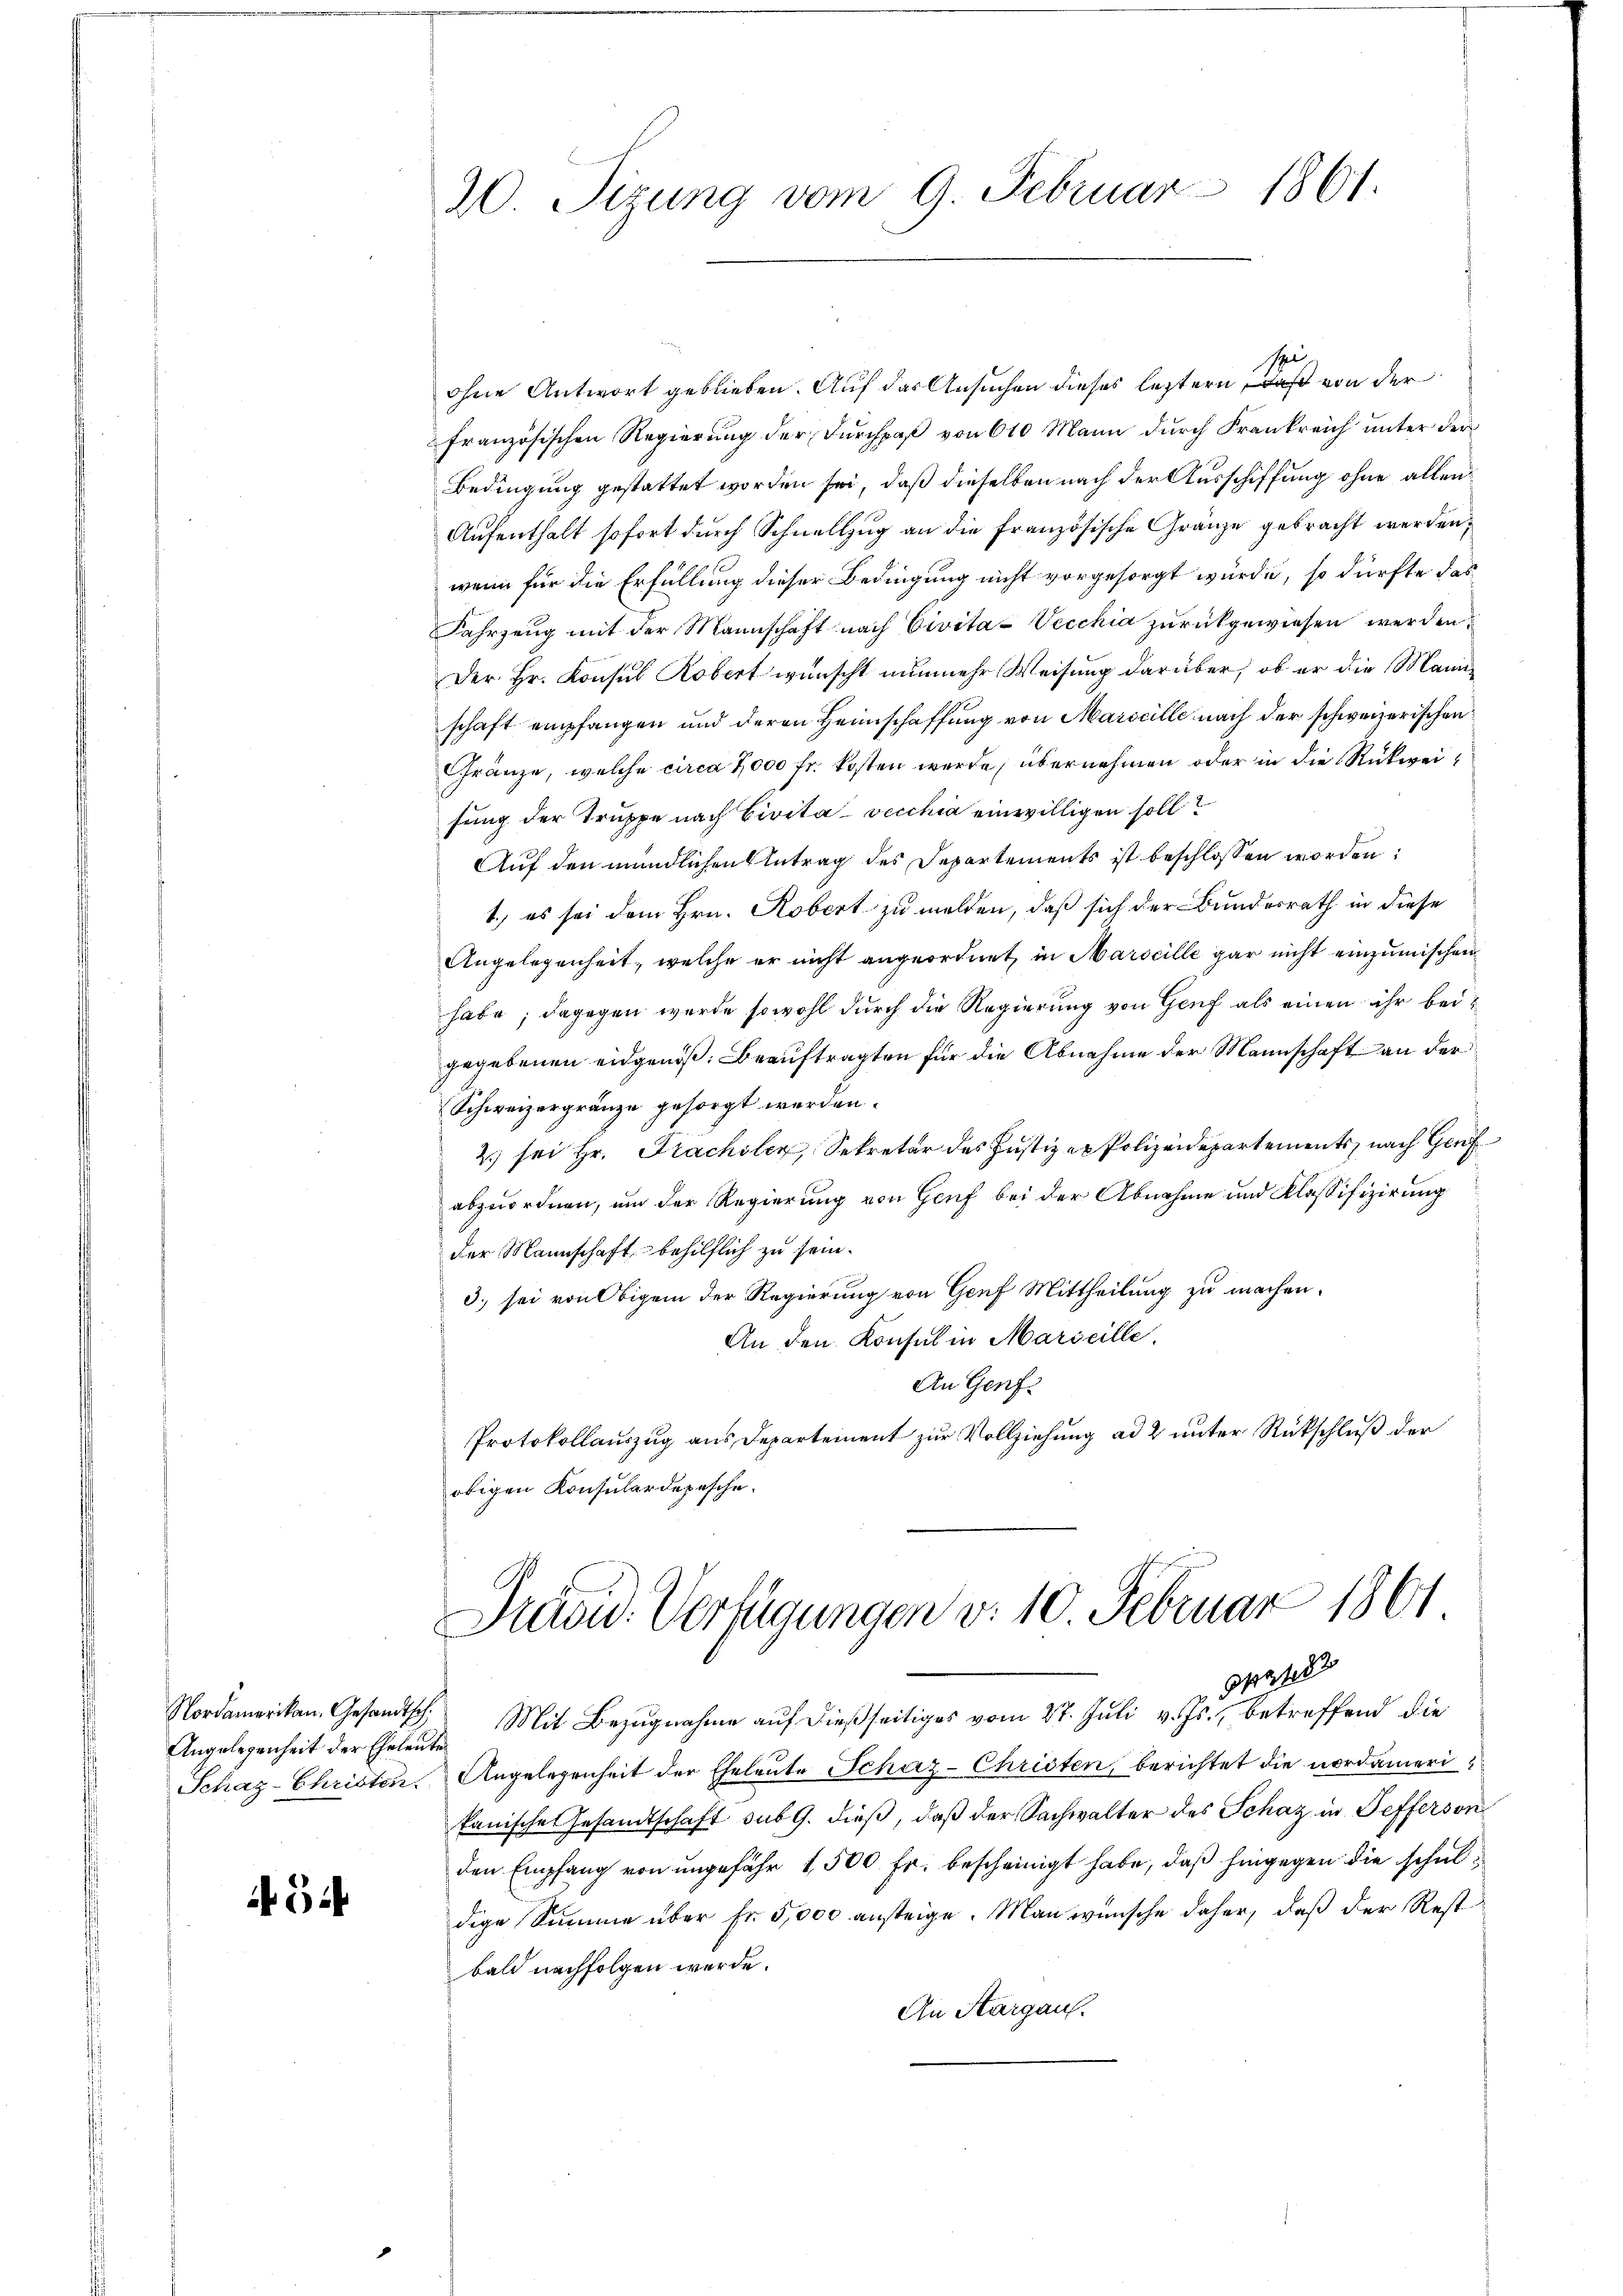
Angelegenheit der Eheleut
Schaz-Christen.

5

20. Sizung vom 9. Februar 1861.

spi
ohne Antwort geblieben. Auf das Ansuchen dieses leztern, daß von der
französischen Regierung der Durchpaß von 610 Mann durch Frankreich unter der
Bedingung gestattet worden sei, daß dieselben nach der Ausschiffung ohne allen
Aufenthalt sofort durch Schnellzug an die Französische Gränze gebracht werden,
wenn für die Erfüllung dieser Bedingung nicht vorgesorgt würde, so dürfte das
Fahrzeug mit der Mannschaft nach Civita-Vecchia zurückgewiesen werden.
Der Hr. Konsul Kobert wünscht nunmehr Weisung darüber, ob er die Mann
schaft empfangen und deren Heimschaffung von Marseille nach der schweizerischen
Gränze, welche circa 7000 Fr. kosten werde, übernehmen oder in die Rückweisung der Truppe nach Civita vecchia einwilligen soll?
Auf den mündlichen Antrag des Departements ist beschlossen worden:
1.) es sei dem Hrn. Robert zu melden, daß sich der Bundesrath in diese
Angelegenheit, welche er nicht angeordnet, in Marscille gar nicht einzumischen
habe; dagegen wurde sowohl durch die Regierung von Genf als einen ihr beigegebenen eidgenoß. Beauftragten für die Abnahme der Mannschaft an der
Schweizergränze gesorgt worden.
2) sei Hr. Frachsler, Sekretär des Justiz ex Polizeidepartements, nach Genf
abzuordnen, um der Regierung von Genf bei der Abnahme und Klassifizierung
der Mannschaft behilflich zu sein.
3. sei von Obigem der Regierung von Genf Mittheilung zu machen.
An den Konsul in Marseille.
An Genf
Protokollauszug aus Departement zur Vollziehung ad 2 unter Rückschluß der
obigen Konsulardepesche.

Previd. Verfügungen v. 10. Februar 1861
4

Nordamerikan. Gesandtsch. Mit Bezugnahme auf dießseitiges vom 27. Juli v. Js., betreffend die
Angelegenheit der Eheleute Schaz- Christen, berichtet die nordamerikanisches Gesandtschaft sub 9. dieß, daß der Sachwalter des Schaz in Sefferson
den Empfang von ungefähr 1,500 Fr. bescheinigt habe, daß hingegen die schuldige Summe über Fr. 5,000 ansteige. Man wünsche daher, daß der Rest
bald nachfolgen werde.
An Aargau.